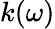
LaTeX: k(\omega)